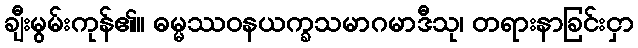
ချီးမွမ်းကုန်၏။ ဓမ္မဿဝနယက္ခသမာဂမာဒီသု၊ တရားနာခြင်းငှာ